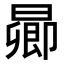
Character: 𬁋